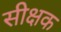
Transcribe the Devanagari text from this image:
सीक्षक